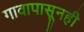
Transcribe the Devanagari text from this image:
गावापासूनही